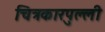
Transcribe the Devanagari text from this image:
चित्रकारपुल्ली